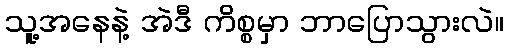
သူ့အနေနဲ့ အဲဒီ ကိစ္စမှာ ဘာပြောသွားလဲ။